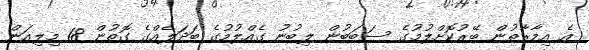
އެ އިމާރާތުން ބޭރުކޮށްލުމުގެ ސަބަބުން ލިބުނު ގެއްލުމުގެ ބަދަލެއްގެ ގޮތުން 18 މިލިއަން